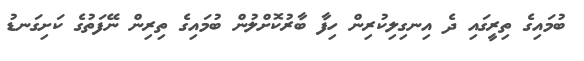
ބުމައިގެ ތިރީގައި ދެ އިނގިލިކުރިން ހިފާ ބާރުކޮށްލުން ބުމައިގެ ތިރިން ނޭފަތުގެ ކަށިގަނޑު